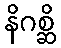
နိဂစ္ဆိ